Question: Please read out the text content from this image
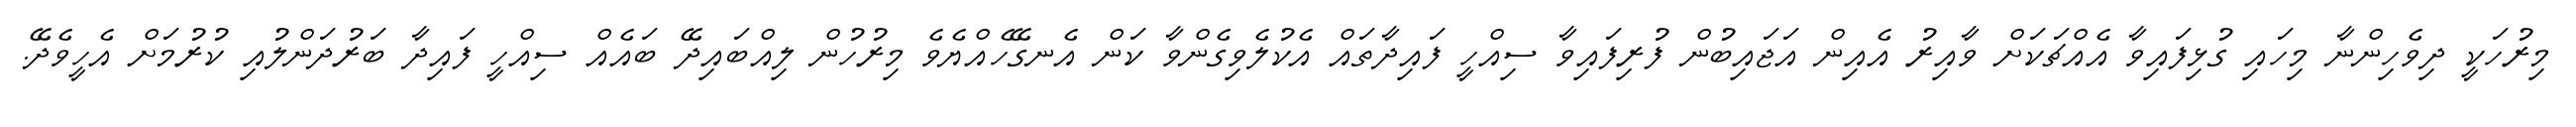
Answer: މިރުހަކީ ދިވެހިންނާ މިހައި ގުޅިފައިވާ އެއްޗަކަށް ވާއިރު އެއިން އަޖައިބުން ފުރިފައިވާ ސިއްހީ ފައިދާތައް އެކުލެވިގެންވާ ކަން އެނގޭހެއްޔެވެ މިރުހުން ލިއްބައިދޭ ބައެއް ސިއްހީ ފައިދާ ބަރުދަންލުއި ކުރުމަށް އެހީވެދޭ.